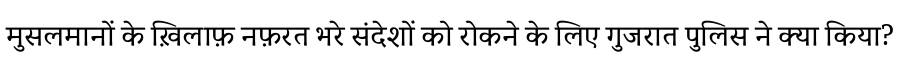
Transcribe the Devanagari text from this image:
मुसलमानों के ख़िलाफ़ नफ़रत भरे संदेशों को रोकने के लिए गुजरात पुलिस ने क्या किया?